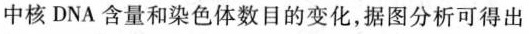
中核DNA含量和染色体数目的变化，据图分析可得出